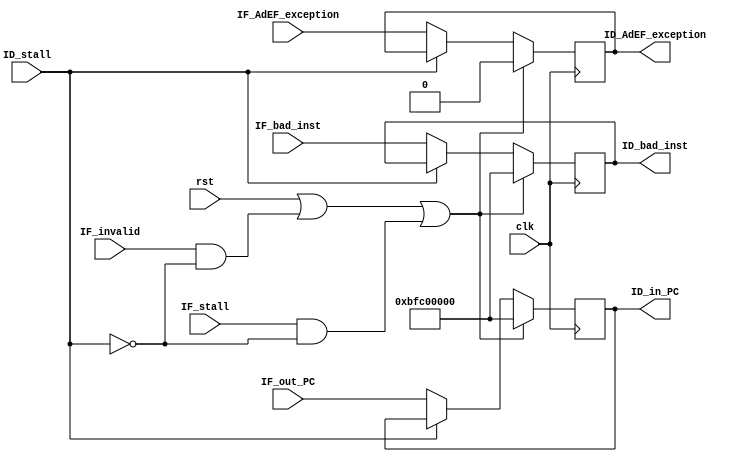
module IF_ID(
	input             clk,
	input             rst,
	input             IF_stall,
	input             ID_stall,
	input             IF_invalid,

	input      [31:0] IF_out_PC,
	input             IF_AdEF_exception,
	input      [31:0] IF_bad_inst,

	output     [31:0] ID_in_PC,
	output            ID_AdEF_exception,
	output     [31:0] ID_bad_inst
);

	reg [31:0] reg_PC;
	reg        reg_AdEF_exception;
	reg [31:0] reg_bad_inst;

	always @(posedge clk) begin
		if (rst | (IF_invalid & ~ID_stall) | (IF_stall & ~ID_stall)) begin
			reg_PC <= 32'hbfc00000;
			reg_AdEF_exception <= 1'b0;
			reg_bad_inst <= 32'hbfc00000;
		end else if (ID_stall) begin
		end else begin
			reg_PC <= IF_out_PC;
			reg_AdEF_exception <= IF_AdEF_exception;
			reg_bad_inst <= IF_bad_inst;
		end
	end

	assign ID_in_PC = reg_PC;
	assign ID_AdEF_exception = reg_AdEF_exception;
	assign ID_bad_inst = reg_bad_inst;

endmodule